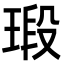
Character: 瑖